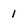
Character: 1